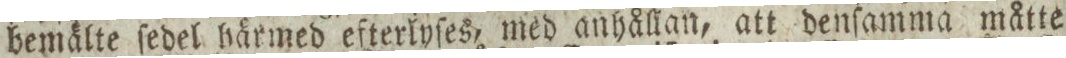
bemälte ſedel härmed efterlyſes, med anhållan, att denſamma måtte